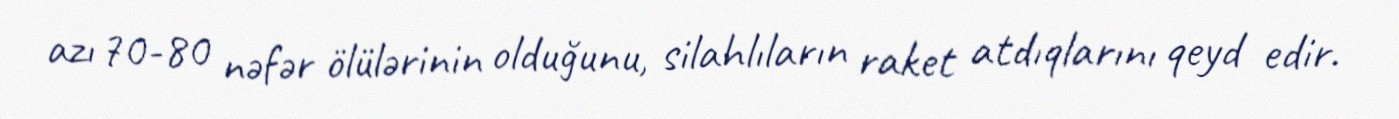
azı 70-80 nəfər ölülərinin olduğunu, silahlıların raket atdıqlarını qeyd edir.